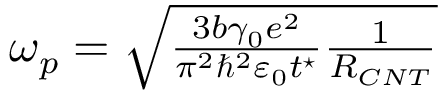
\begin{array} { r } { \omega _ { p } = \sqrt { \frac { 3 b \gamma _ { 0 } e ^ { 2 } } { \pi ^ { 2 } \hbar ^ { 2 } \varepsilon _ { 0 } t ^ { \star } } \frac { 1 } { R _ { C N T } } } } \end{array}